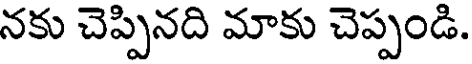
నకు చెప్పినది మాకు చెప్పండి.